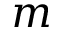
m